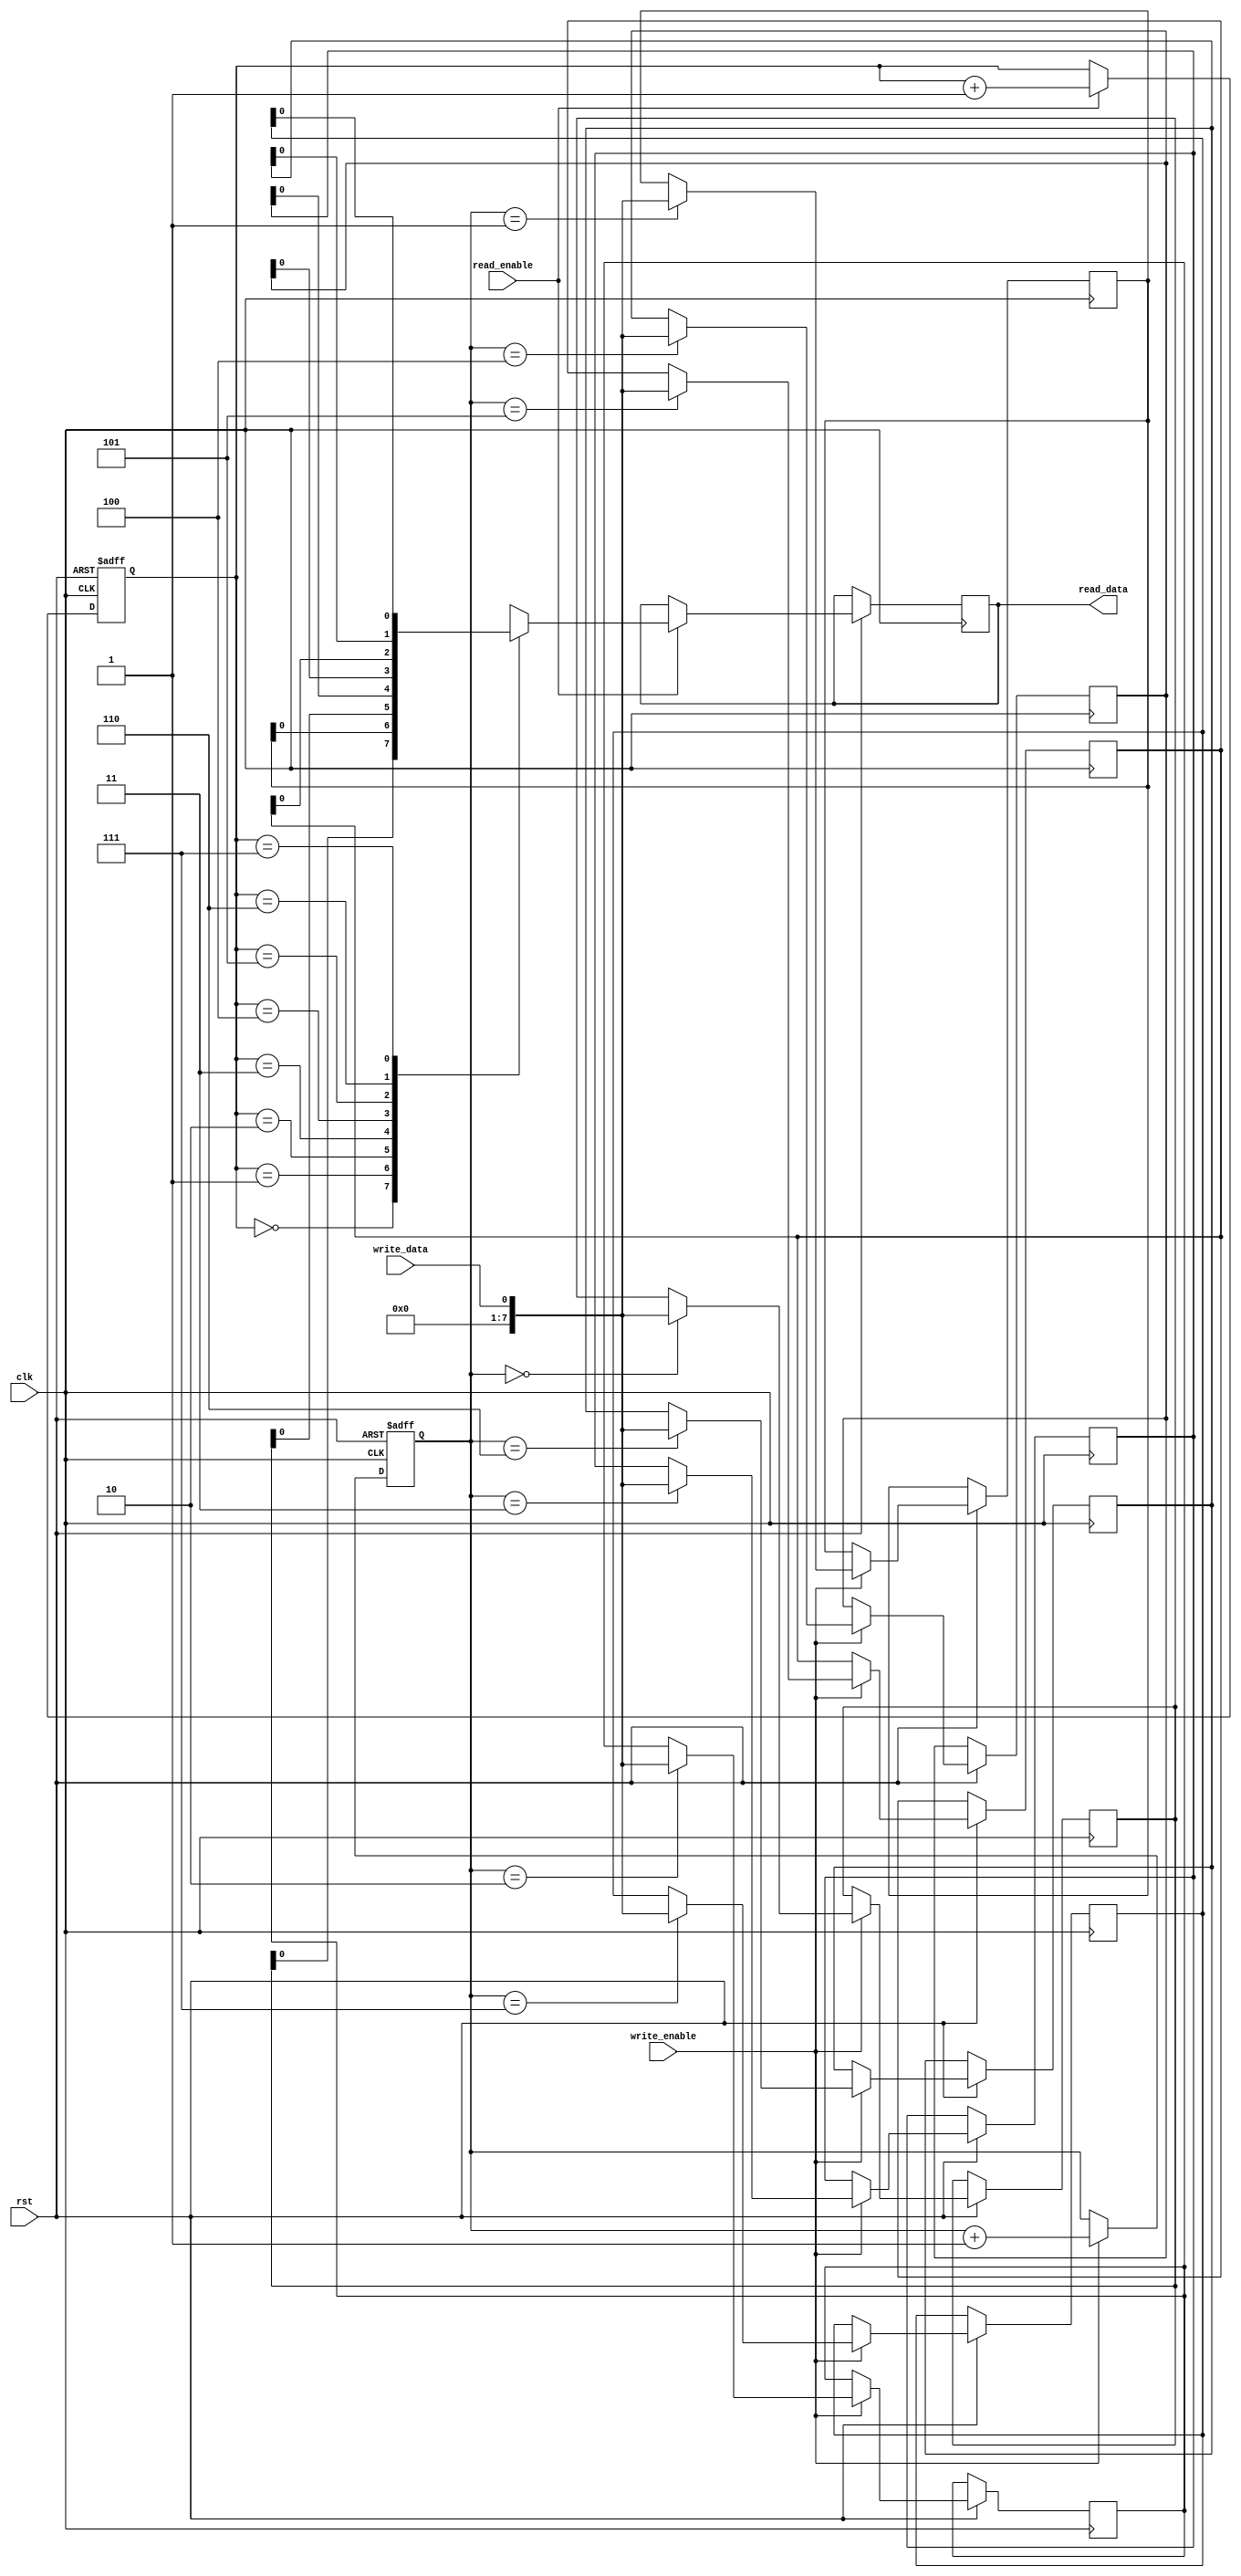
module fifo_buffer (
    input wire clk,
    input wire rst,
    input wire write_data,
    input wire write_enable,
    output reg read_data,
    input wire read_enable
);

reg [7:0] memory [0:7];
reg [2:0] read_ptr = 0;
reg [2:0] write_ptr = 0;

always @ (posedge clk or negedge rst) begin
    if (rst == 1'b0) begin
        read_ptr <= 3'b0;
        write_ptr <= 3'b0;
    end else begin
        if (write_enable) begin
            memory[write_ptr] <= write_data;
            write_ptr <= write_ptr + 1;
        end
        
        if (read_enable) begin
            read_data <= memory[read_ptr];
            read_ptr <= read_ptr + 1;
        end
    end
end

endmodule